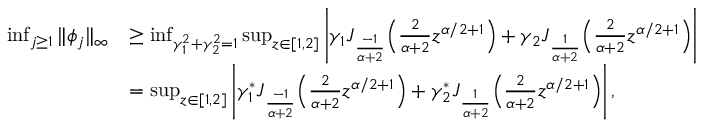
\begin{array} { r l } { \operatorname* { i n f } _ { j \geq 1 } \| \phi _ { j } \| _ { \infty } } & { \geq \operatorname* { i n f } _ { \gamma _ { 1 } ^ { 2 } + \gamma _ { 2 } ^ { 2 } = 1 } \operatorname* { s u p } _ { z \in [ 1 , 2 ] } \left| \gamma _ { 1 } J _ { \frac { - 1 } { \alpha + 2 } } \Big ( \frac { 2 } { \alpha + 2 } z ^ { \alpha / 2 + 1 } \Big ) + \gamma _ { 2 } J _ { \frac { 1 } { \alpha + 2 } } \Big ( \frac { 2 } { \alpha + 2 } z ^ { \alpha / 2 + 1 } \Big ) \right| } \\ & { = \operatorname* { s u p } _ { z \in [ 1 , 2 ] } \left| \gamma _ { 1 } ^ { * } J _ { \frac { - 1 } { \alpha + 2 } } \Big ( \frac { 2 } { \alpha + 2 } z ^ { \alpha / 2 + 1 } \Big ) + \gamma _ { 2 } ^ { * } J _ { \frac { 1 } { \alpha + 2 } } \Big ( \frac { 2 } { \alpha + 2 } z ^ { \alpha / 2 + 1 } \Big ) \right| , } \end{array}